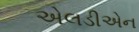
એલડીએન